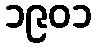
၁၉၀၁